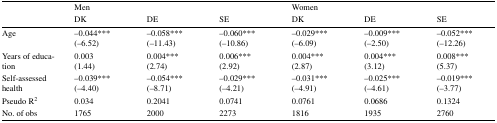
<table><thead><tr><td rowspan="2"></td><td colspan="3"><b>Men</b></td><td colspan="3"><b>Women</b></td></tr><tr><td><b>DK</b></td><td><b>DE</b></td><td><b>SE</b></td><td><b>DK</b></td><td><b>DE</b></td><td><b>SE</b></td></tr></thead><tbody><tr><td>Age</td><td>−0.044***(−6.52)</td><td>−0.058***(−11.43)</td><td>−0.060***(−10.86)</td><td>−0.029***(−6.09)</td><td>−0.009***(−2.50)</td><td>−0.052***(−12.26)</td></tr><tr><td>Years of education</td><td>0.003(1.44)</td><td>0.004***(2.74)</td><td>0.006***(2.92)</td><td>0.004***(2.87)</td><td>0.004***(3.12)</td><td>0.008***(5.37)</td></tr><tr><td>Self-assessed health</td><td>−0.039***(−4.40)</td><td>−0.054***(−8.71)</td><td>−0.029***(−4.21)</td><td>−0.031***(−4.91)</td><td>−0.025***(−4.61)</td><td>−0.019***(−3.77)</td></tr><tr><td>Pseudo R<sup>2</sup></td><td>0.034</td><td>0.2041</td><td>0.0741</td><td>0.0761</td><td>0.0686</td><td>0.1324</td></tr><tr><td>No. of obs</td><td>1765</td><td>2000</td><td>2273</td><td>1816</td><td>1935</td><td>2760</td></tr></tbody></table>